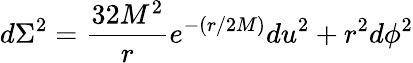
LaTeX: d\Sigma^{2}=\frac{32M^{2}}{r}e^{-(r/2M)}du^{2}+r^{2}d\phi^{2}